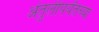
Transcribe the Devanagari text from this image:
अंतुर्लीपर्यंतच्या